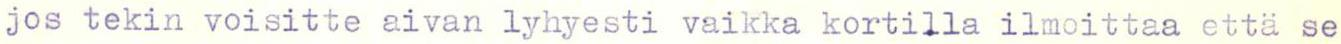
jos tekin voisitte aivan lyhyesti vaikka kortilla ilmoittaa että se